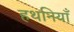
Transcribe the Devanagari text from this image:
हथनियाँ